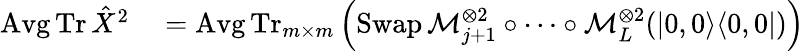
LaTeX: \begin{array}{rl}{\operatorname{Avg}\operatorname{Tr}\hat{X}^{2}}&{{}\stackrel{}{=}\operatorname{Avg}\operatorname{Tr}_{m\times m}\left(\operatorname{Swap}\mathcal{M}_{j+1}^{\otimes 2}\circ\dotsb\circ\mathcal{M}_{L}^{\otimes 2}(|0,0\rangle\langle 0,0|)\right)}\end{array}